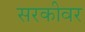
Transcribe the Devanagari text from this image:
सरकीवर